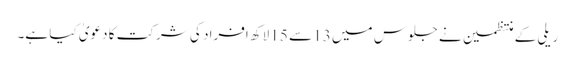
ریلی کے منتظمین نے جلوس میں 13 سے 15 لاکھ افراد کی شرکت کا دعویٰ کیا ہے۔